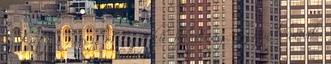
az tuti : Prosztó: Egy kis hazafiság legyen bennünk,